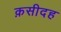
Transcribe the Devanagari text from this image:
क़सीदह